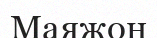
Маяжон